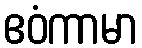
ဧဝံကာမာ